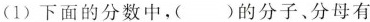
(1)下面的分数中，( )的分子、分母有